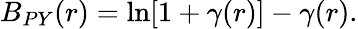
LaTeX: B_{PY}(r)=\ln[1+\gamma(r)]-\gamma(r).